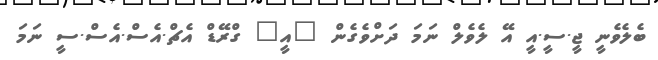
ބެލެވެނީ ޖީ.ސީ.އީ އޭ ލެވެލް ނަމަ ދަށްވެގެން "އީ" ގްރޭޑް އެޗް.އެސް.އެސް.ސީ ނަމަ